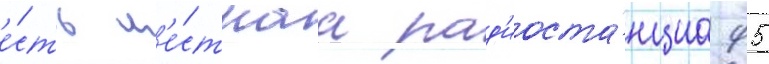
е́сть м'е́стнаа рад'иоста́нциа 95